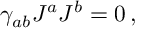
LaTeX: \gamma _ { a b } J ^ { a } J ^ { b } = 0 \, ,